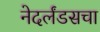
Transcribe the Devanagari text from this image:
नेदर्लंडसचा